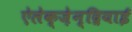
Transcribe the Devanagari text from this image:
ऐलेक्ज़ेन्द्रियाई